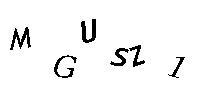
MGUSZ1